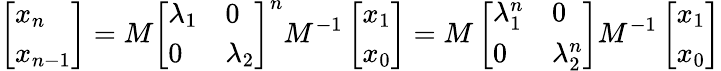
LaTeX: \left[\begin{array}{l}{x_{n}}\\ {x_{n-1}}\end{array}\right]=M\left[\begin{array}{ll}{\lambda_{1}}&{0}\\ {0}&{\lambda_{2}}\end{array}\right]^{n}M^{-1}\left[\begin{array}{l}{x_{1}}\\ {x_{0}}\end{array}\right]=M\left[\begin{array}{ll}{\lambda_{1}^{n}}&{0}\\ {0}&{\lambda_{2}^{n}}\end{array}\right]M^{-1}\left[\begin{array}{l}{x_{1}}\\ {x_{0}}\end{array}\right]